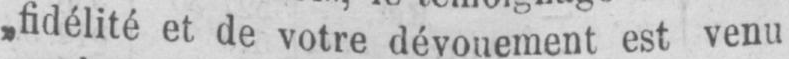
„fidélité et de votre dévouement est venu